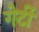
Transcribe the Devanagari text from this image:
गेर्टी